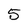
Character: 5